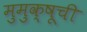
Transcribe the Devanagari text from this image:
मुमुक्षूची